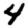
Digit: 4